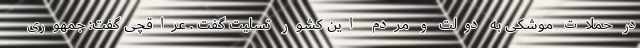
در حملات موشکی به دولت و مردم این کشور تسلیت گفت . عراقچی گفت: جمهوری